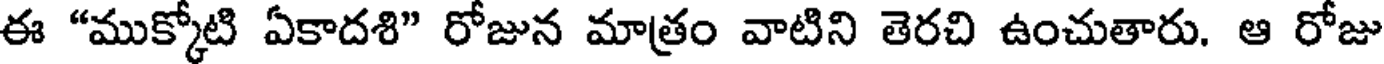
ఈ "ముక్కోటి ఏకాదశి" రోజున మాత్రం వాటిని తెరచి ఉంచుతారు. ఆ రోజు